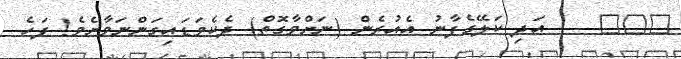
١٧٥    އަދި ކަލޭގެފާނު އެއުރެން (ނަށްވާގޮތް) ދެކެވަޑައިގަންނަވާށެވެ! ފަހެ